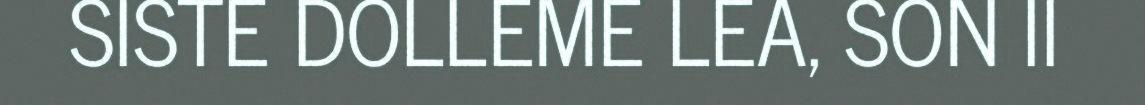
SISTE DOLLEME LEA, SON II